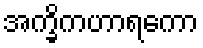
အက္ခိကဟာရကော